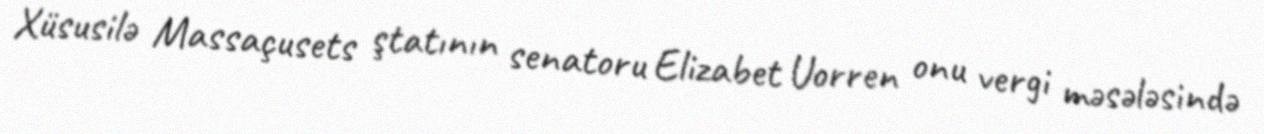
Xüsusilə Massaçusets ştatının senatoru Elizabet Uorren onu vergi məsələsində